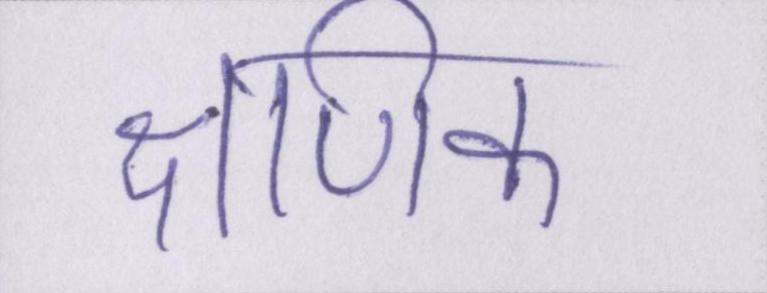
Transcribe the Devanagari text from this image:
क्षणिक